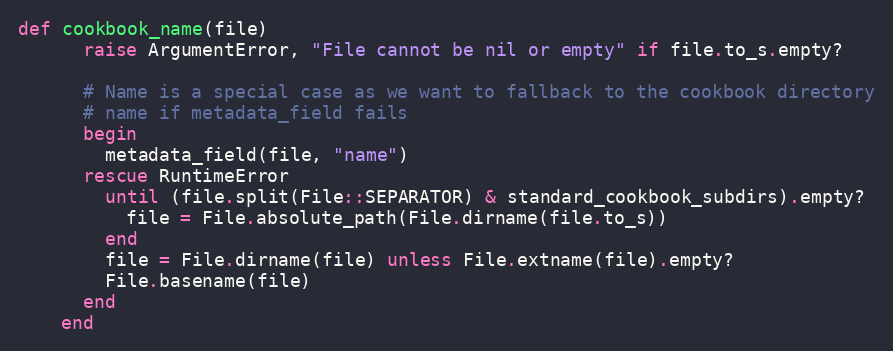
Language: Ruby
def cookbook_name(file)
      raise ArgumentError, "File cannot be nil or empty" if file.to_s.empty?

      # Name is a special case as we want to fallback to the cookbook directory
      # name if metadata_field fails
      begin
        metadata_field(file, "name")
      rescue RuntimeError
        until (file.split(File::SEPARATOR) & standard_cookbook_subdirs).empty?
          file = File.absolute_path(File.dirname(file.to_s))
        end
        file = File.dirname(file) unless File.extname(file).empty?
        File.basename(file)
      end
    end